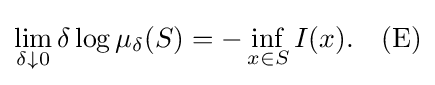
\lim _{\delta \downarrow 0}\delta \log \mu _{\delta }(S)=-\inf _{x\in S}I(x).\quad {\mbox{(E)}}